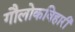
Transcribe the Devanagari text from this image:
गौलोकविहारी